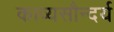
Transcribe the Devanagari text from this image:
काव्यसौन्दर्य